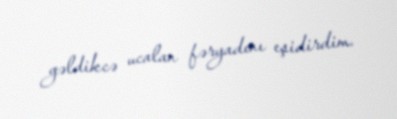
gəldikcə ucalan fəryadını eşidirdim.